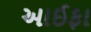
આઈફા